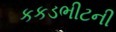
કકડભીટની